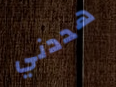
هددني